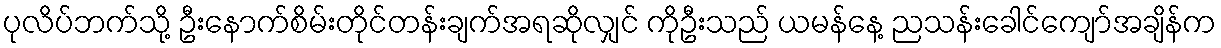
ပုလိပ်ဘက်သို့ ဦးနောက်စိမ်းတိုင်တန်းချက်အရဆိုလျှင် ကိုဦးသည် ယမန်နေ့ ညသန်းခေါင်ကျော်အချိန်က